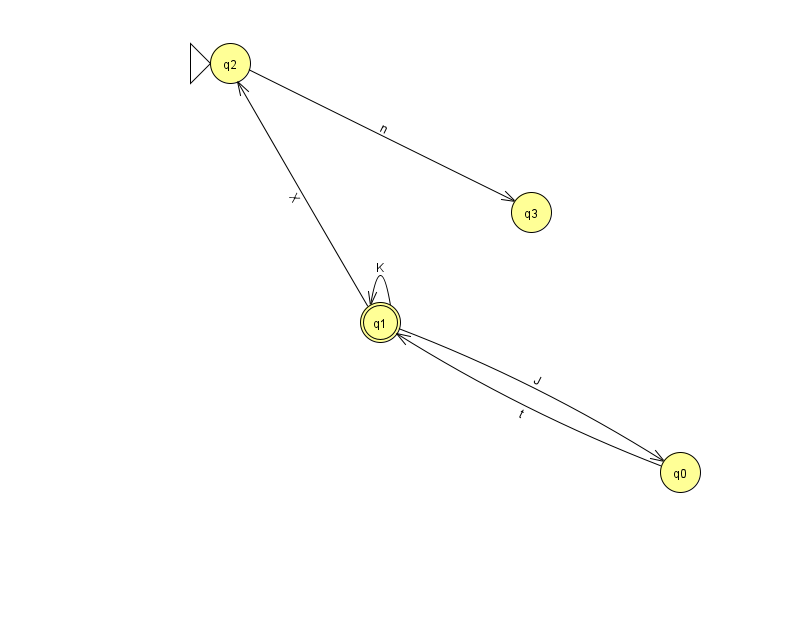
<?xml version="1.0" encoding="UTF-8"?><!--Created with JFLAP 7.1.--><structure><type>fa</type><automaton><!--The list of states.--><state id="0" name="q0"><x>680.0</x><y>459.0</y></state><state id="1" name="q1"><x>380.0</x><y>309.0</y><final/></state><state id="2" name="q2"><x>230.0</x><y>50.0</y><initial/></state><state id="3" name="q3"><x>531.0</x><y>199.0</y></state><!--The list of transitions.--><transition><from>1</from><to>0</to><read>J</read></transition><transition><from>0</from><to>1</to><read>t</read></transition><transition><from>1</from><to>1</to><read>K</read></transition><transition><from>1</from><to>2</to><read>X</read></transition><transition><from>2</from><to>3</to><read>n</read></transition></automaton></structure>